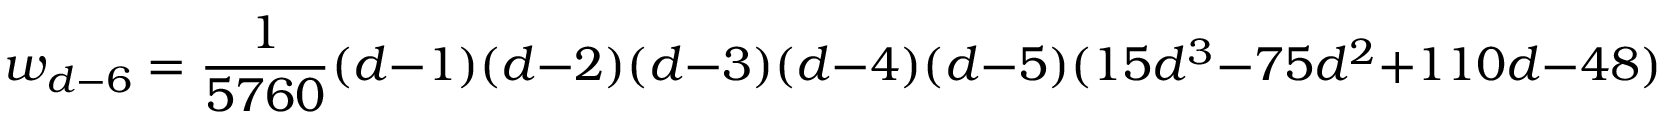
w _ { d - 6 } = { \frac { 1 } { 5 7 6 0 } } ( d - 1 ) ( d - 2 ) ( d - 3 ) ( d - 4 ) ( d - 5 ) ( 1 5 d ^ { 3 } - 7 5 d ^ { 2 } + 1 1 0 d - 4 8 ) ~ ~ ~ .